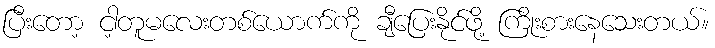
ပြီးတော့ ငါ့တူမလေးတစ်ယောက်ကို ချီပြေးနိုင်ဖို့ ကြိုးစားနေသေးတယ်။